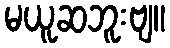
မယူဆဘူးဗျ။